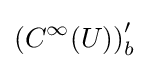
\left(C^{\infty }(U)\right)_{b}^{\prime }